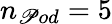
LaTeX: n_{\mathscr{P}od}=5